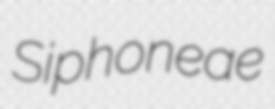
Siphoneae